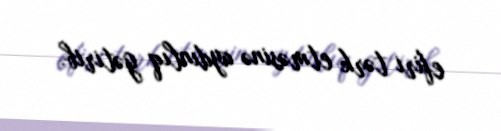
efiri tərk etməsinə aydınlıq gətirib.